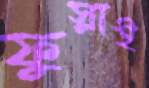
ফুস্‌লাই